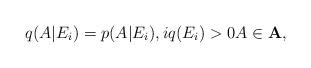
LaTeX: \begin{align*}q(A|E_i)=p(A|E_i), i q(E_i)>0 A\in {\bf A},\end{align*}